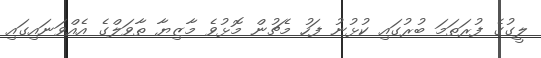
ލީގުގެ ފުރަތަމަ ބުރުގައި ކުޅުނު ފަހު މެޗުން މޮޅުވެ މާޒިިޔާ ތާވަލްގެ އެއްވަނައިގައި